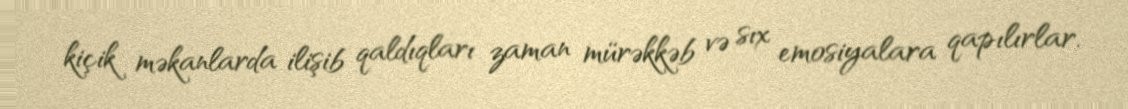
kiçik məkanlarda ilişib qaldıqları zaman mürəkkəb və sıx emosiyalara qapılırlar.